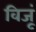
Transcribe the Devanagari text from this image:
विजूं